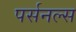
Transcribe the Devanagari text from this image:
पर्सनल्स